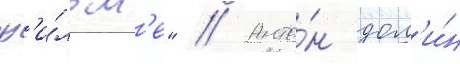
ф'и́льм'е" // Анто́н дол'и́н